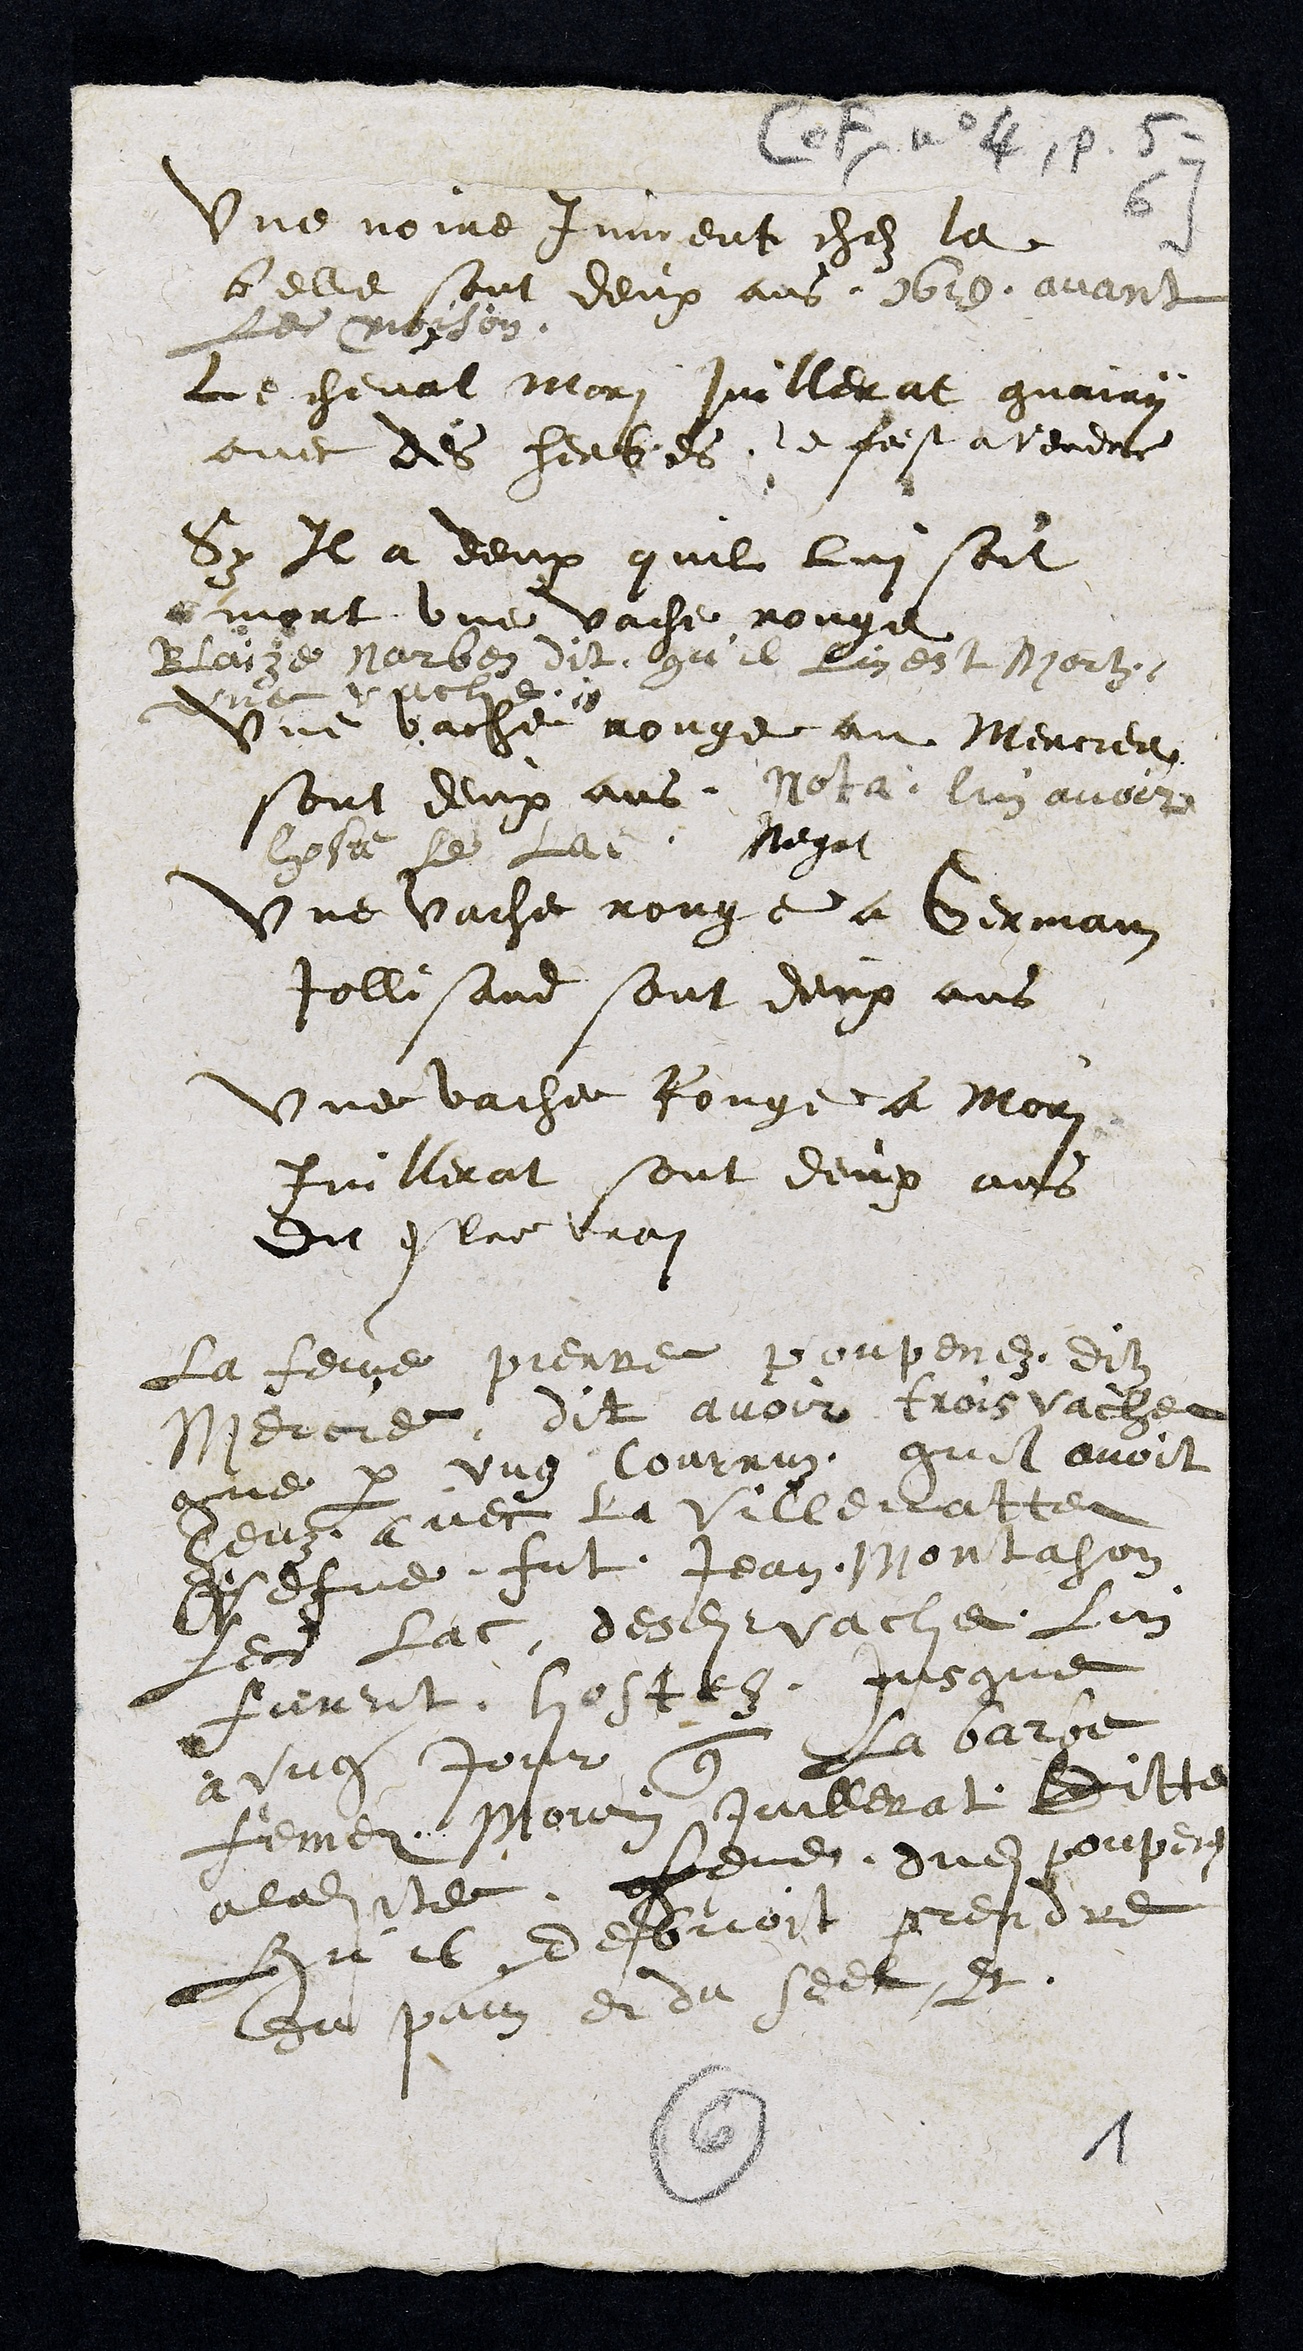
Une noire jument chez la
belle sont deux ans 1610 avant
Les moison.
Le cheval Mori Juillerat guairy
avec des herbes le faist a vendre
Sy Il a deux quil lui soit
mort une vache rouge
Blaize Narbez dit qu'il lui est Mortz
une vaiche
Une vache rouge au Mercier
sont deux ans. Nota : lui avoir
hoste le lac Negat
une vache rouge a Germain
Jollisand sont deux ans
une vache Rouge a Mori
Juillerat sont deux ans
Dit estre vrai
La femme pierre poupenez dit
Mercier dit avoir trois vache
que par ung Courruz quil avoit
heuz avec la Villematte
Vefve fut Jean Montahon
les lac desdites vache lui
furent hostez jusque
a ung jour que la barbe
feme mouris Juillerat ditte
a ladite feme dudit poupenez
qu'il debvoit prendre
du pain et du seel Et